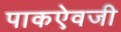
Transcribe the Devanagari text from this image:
पाकऐवजी